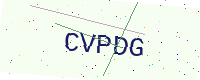
Text: CVPDG